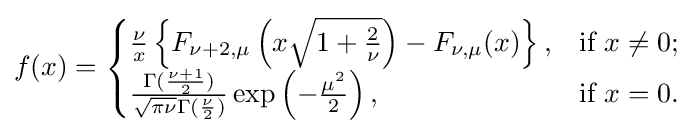
f(x)={\begin{cases}{\frac {\nu }{x}}\left\{F_{\nu +2,\mu }\left(x{\sqrt {1+{\frac {2}{\nu }}}}\right)-F_{\nu ,\mu }(x)\right\},&{\mbox{if }}x\neq 0;\\{\frac {\Gamma ({\frac {\nu +1}{2}})}{{\sqrt {\pi \nu }}\Gamma ({\frac {\nu }{2}})}}\exp \left(-{\frac {\mu ^{2}}{2}}\right),&{\mbox{if }}x=0.\end{cases}}